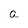
Character: a